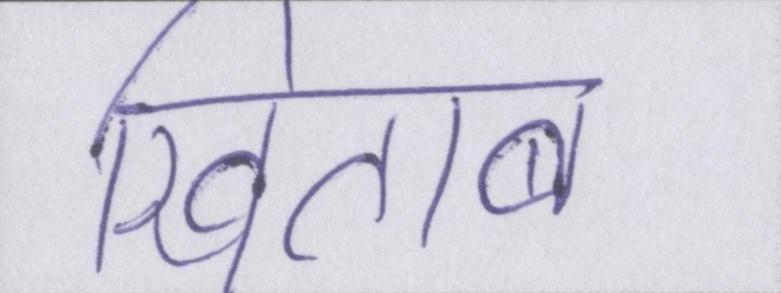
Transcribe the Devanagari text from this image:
खिताब